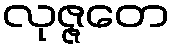
လုဇ္ဇတေ